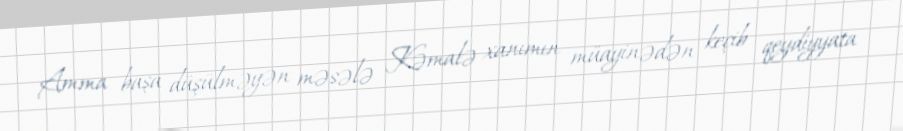
Amma başa düşülməyən məsələ Kəmalə xanımın müayinədən keçib qeydiyyata